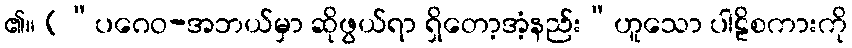
၏။ (“ပဂေဝ-အဘယ်မှာ ဆိုဖွယ်ရာ ရှိတော့အံ့နည်း”ဟူသော ပါဠိစကားကို